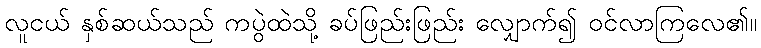
လူငယ် နှစ်ဆယ်သည် ကပွဲထဲသို့ ခပ်ဖြည်းဖြည်း လျှောက်၍ ဝင်လာကြလေ၏။